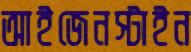
আইজেনস্টাইন